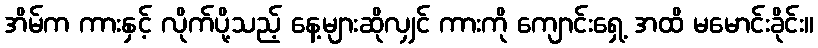
အိမ်က ကားနှင့် လိုက်ပို့သည့် နေ့များဆိုလျှင် ကားကို ကျောင်းရှေ့ အထိ မမောင်းခိုင်း။